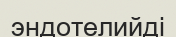
эндотелийді